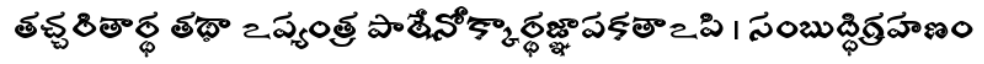
తచ్చరితార్థ తథా ఽప్యంత్ర పాఠేనోక్కార్థజ్ఞాపకతాఽపి । సంబుద్ధిగ్రహణం